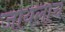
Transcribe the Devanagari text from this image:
जायलाच